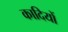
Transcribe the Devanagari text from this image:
कादियों